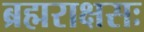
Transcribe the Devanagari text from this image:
ब्रह्मराक्षसः